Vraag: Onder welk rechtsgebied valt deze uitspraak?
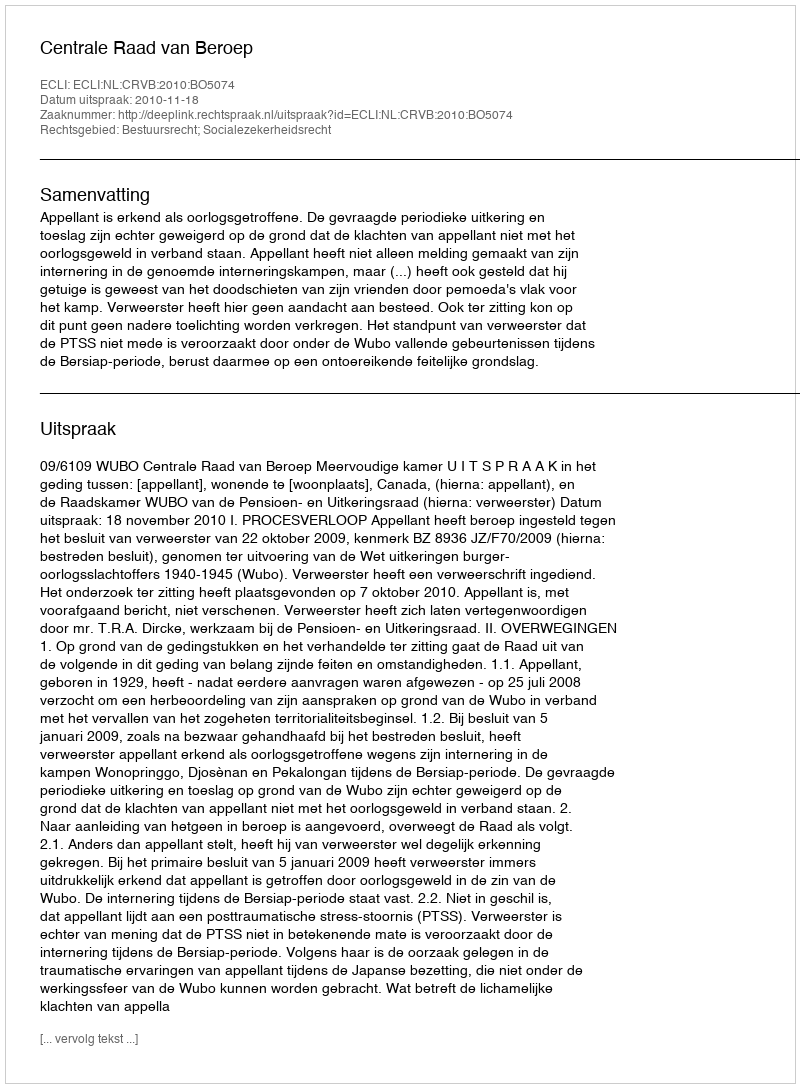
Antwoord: Bestuursrecht; Socialezekerheidsrecht